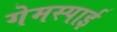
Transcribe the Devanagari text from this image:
गेमस्पाई